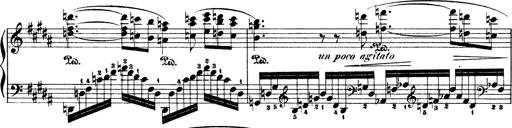
Title: Illustrations de l'opÃ©ra L'Africaine
Composer: Franz Liszt